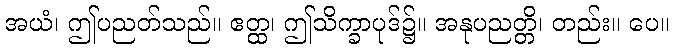
အယံ၊ ဤပညတ်သည်။ ဧတ္ထ၊ ဤသိက္ခာပုဒ်၌။ အနုပညတ္တိ၊ တည်း။ ပေ။